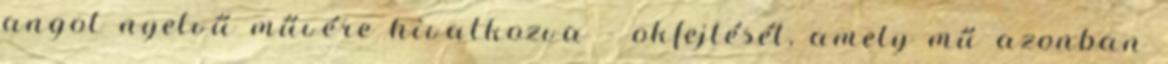
angol nyelvű művére hivatkozva – okfejtését, amely mű azonban